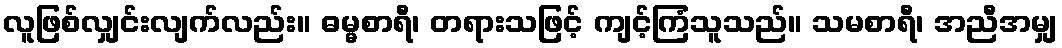
လူဖြစ်လျှင်းလျက်လည်း။ ဓမ္မစာရီ၊ တရားသဖြင့် ကျင့်ကြံသူသည်။ သမစာရီ၊ အညီအမျှ